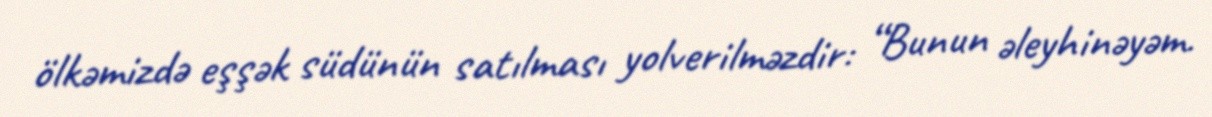
ölkəmizdə eşşək südünün satılması yolverilməzdir: “Bunun əleyhinəyəm.